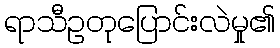
ရာသီဥတုပြောင်းလဲမှု၏